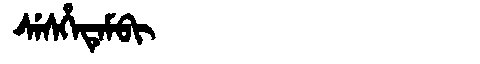
Manchu: ᠰᡝᠰᡥᡝᡨᡝᠮᠪᡳ
Romanization: SESHETEMBI